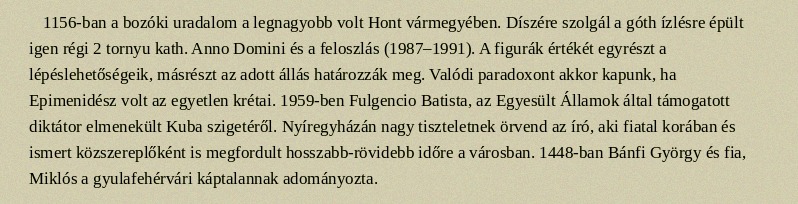
1156-ban a bozóki uradalom a legnagyobb volt Hont vármegyében. Díszére szolgál a góth ízlésre épült igen régi 2 tornyu kath. Anno Domini és a feloszlás (1987–1991). A figurák értékét egyrészt a lépéslehetőségeik, másrészt az adott állás határozzák meg. Valódi paradoxont akkor kapunk, ha Epimenidész volt az egyetlen krétai. 1959-ben Fulgencio Batista, az Egyesült Államok által támogatott diktátor elmenekült Kuba szigetéről. Nyíregyházán nagy tiszteletnek örvend az író, aki fiatal korában és ismert közszereplőként is megfordult hosszabb-rövidebb időre a városban. 1448-ban Bánfi György és fia, Miklós a gyulafehérvári káptalannak adományozta.